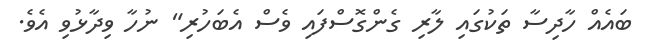
ބައެއް ހާދިސާ ތަކުގައި ލާރި ގެންގޮސްފައި ވެސް އެބަހުރި" ނުހާ ވިދާޅުވި އެވެ.